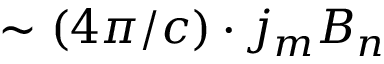
\sim ( 4 \pi / c ) \cdot j _ { m } B _ { n }